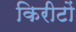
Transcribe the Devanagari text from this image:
किरीटों